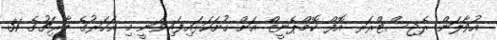
އުވާލަން ރެޖިސްޓްރަރ އޮފް ކޮމްޕެނީޒް އަށް ހުށަހަޅައިފައިވަނީ މި އަހަރުގެ މާރިޗުގެ 31